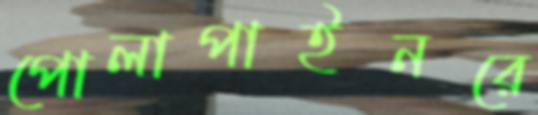
পোলাপাইনরে